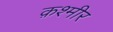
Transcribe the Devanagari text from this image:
क़श्मीर